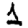
Digit: 1